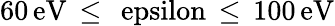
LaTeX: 60\, \mathrm{{eV}\, \leq\, \ epsilon\, \leq\, 100\, \mathrm{{eV}}}